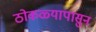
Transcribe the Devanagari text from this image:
ठोकळ्यापासुन